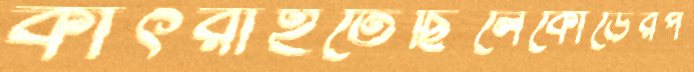
কাৎরাইতেছিলেকোডেরপ